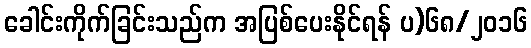
ခေါင်းကိုက်ခြင်းသည်က အပြစ်ပေးနိုင်ရန် ပ)၆၈/၂၀၁၆